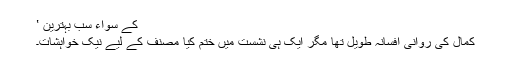
کے سواء سب بہترین ‛
کمال کی روانی افسانہ طویل تھا مگر ایک ہی نشست میں ختم کیا مصنف کے لیے نیک خواہشات۔